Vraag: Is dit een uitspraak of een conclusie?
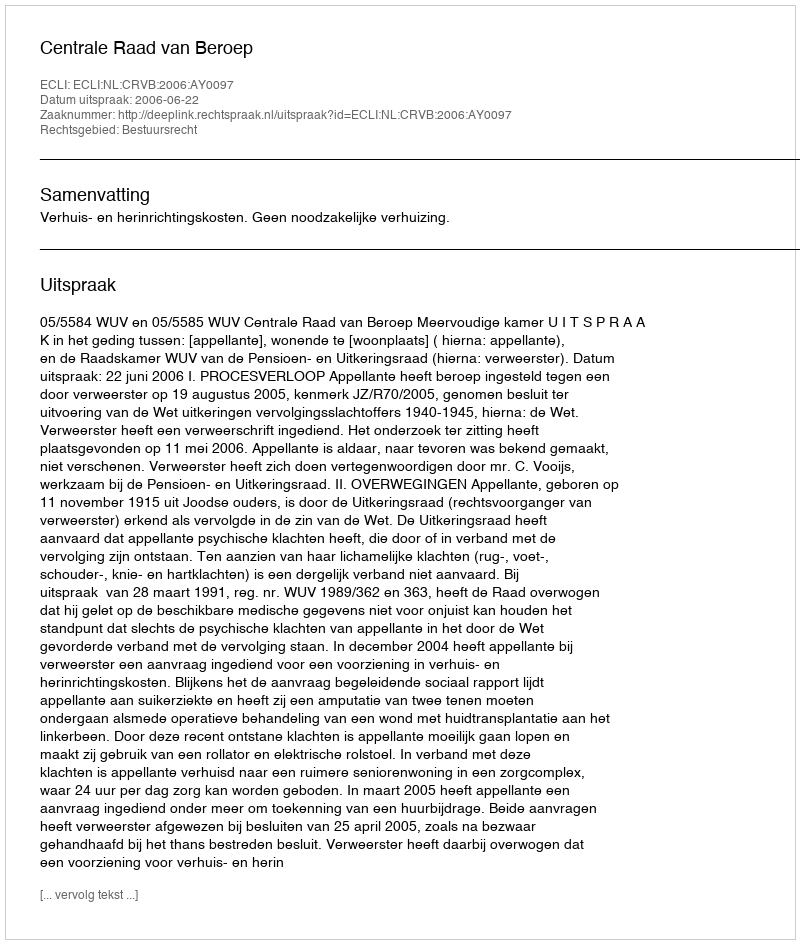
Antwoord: Uitspraak